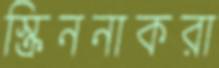
স্ক্রিননাকরা